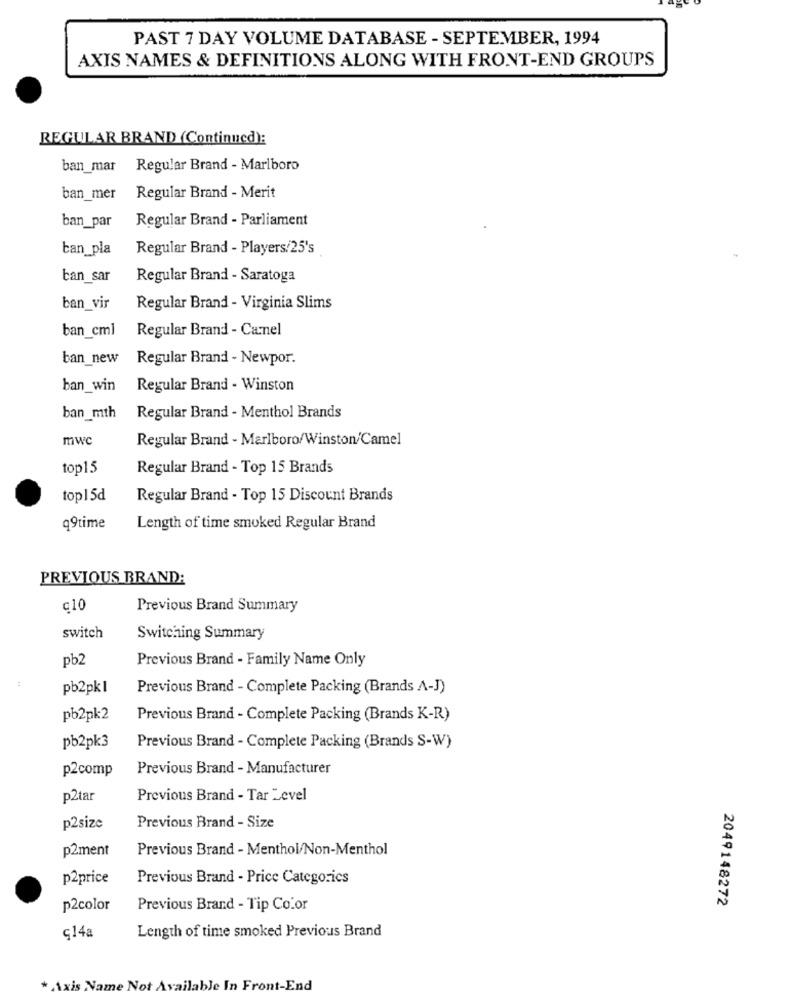
PAST 7 DAY VOLUME DATABASE - SEPTEMBER, 1994
AXIS NAMES & DEFINITIONS ALONG WITH FRONT-END GROUPS
REGULAR BRAND (Continued):
ban_mar
Regular Brand - Marlboro
ban_mer
Regular Brand - Merit
Regular Brand - Parliament
ban_par
ban_pla
Regular Brand - Players/25's
tan sar
Regular Brand - Saratoga
ban_vir
Regular Brand - Virginia Slims
ban_cml
Regular Brand - Canel
ban_new
Regular Brand - Newpor.
ban_win
Regular Brand - Winston
ban_mth
Regular Brand - Menthol Brands
mwc
Regular Brand - Marlboro/Winston/Camel
top15
Regular Brand - Top 15 Brands
top15d
Regular Brand - Top 15 Discount Brands
q9time
Length of time smoked Regular Brand
PREVIOUS BRAND:
c10
Previous Brand Summary
switch
Switching Summary
pb2
Previous Brand - Family Name Only
pb2pk1
Previous Brand - Complete Packing (Brands A-J)
pb2pk2
Previous Brand - Complete Packing (Brands K-R)
pb2pk3
Previous Brand - Complete Packing (Brands S-W)
p2comp
Previous Brand - Manufacturer
p2tar
Previous Brand - Tar Level
p2size
Previous Brand - Size
p2ment
Previous Brand - Menthol/Non-Menthol
p2price
Previous Brand - Price Categories
2049148272
p2color
Previous Brand - Tip Co.or
q14a
Length of time smoked Previous Brand
* Axis Name Not Available In Front-End